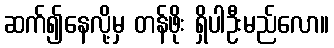
ဆက်၍နေလို့မှ တန်ဖိုး ရှိပါဦးမည်လော။